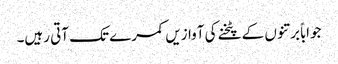
جواباً برتنوں کے پٹخنے کی آوازیں کمرے تک آتی رہیں۔